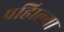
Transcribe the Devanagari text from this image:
पहिाल्या